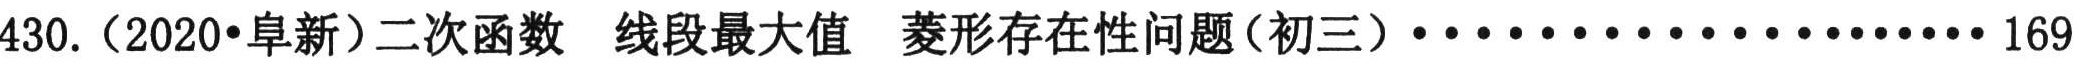
430.（2020•阜新）二次函数  线段最大值 菱形存在性问题（初三）···················169